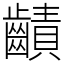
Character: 䶦